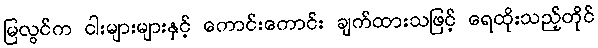
မြလွင်က ငါးများများနှင့် ကောင်းကောင်း ချက်ထားသဖြင့် ရေထိုးသည့်တိုင်